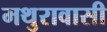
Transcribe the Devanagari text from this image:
मथुरावासी